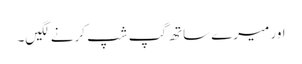
اور میرے ساتھ گپ شپ کرنے لگیں۔